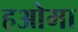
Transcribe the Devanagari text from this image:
हओमा